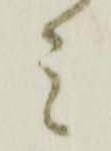
ミ